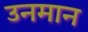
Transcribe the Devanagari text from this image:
उनमान